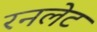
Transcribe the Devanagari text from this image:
रनलेट